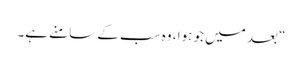
“ بعد میں جو ہوا ، وہ سب کے سامنے ہے۔